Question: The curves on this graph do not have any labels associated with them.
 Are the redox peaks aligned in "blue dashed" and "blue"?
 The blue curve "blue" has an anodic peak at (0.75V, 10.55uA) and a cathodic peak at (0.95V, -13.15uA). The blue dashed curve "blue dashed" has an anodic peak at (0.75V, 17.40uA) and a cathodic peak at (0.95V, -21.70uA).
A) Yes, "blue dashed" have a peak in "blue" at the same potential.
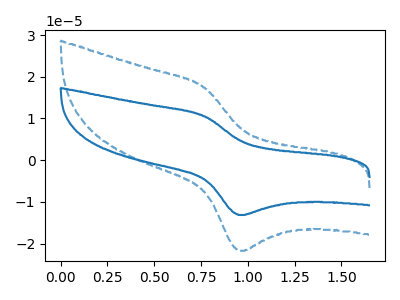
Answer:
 <answer>A) Yes, "blue dashed" have a peak in "blue" at the same potential.</answer>
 <eval>A</eval>